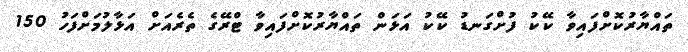
ތައްޔާރުކޮށްފައިވާ ކޭކު ފުށްގަނޑު ކޭކު އަޅަން ތައްޔާރުކޮށްފައިވާ ޓްރޭގެ ތެރެއަށް އަޅާލުމަށްފަހު 150